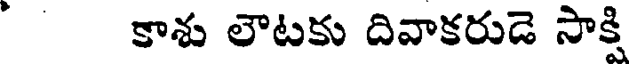
కాశు లౌటకు దివాకరుడె సాక్షి